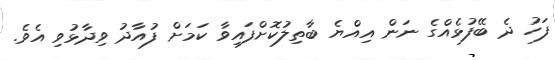
ފަހު ދެ ބޭފުޅެއްގެ ނަން އިއްޔެ ބާތިލުކޮށްފައިވާ ކަމަށް ފުއާދު ވިދާޅުވި އެވެ.